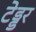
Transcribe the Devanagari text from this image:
टेड्डर